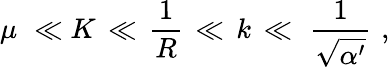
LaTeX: \mu\, \, \ll K\, \ll\, {\frac{1}{R}}\, \ll\, k\, \ll\, \, {\frac{1}{\sqrt{\alpha^{\prime}}}}\, \, ,